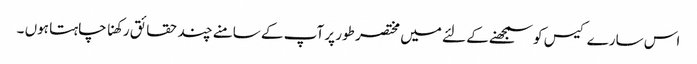
اس سارے کیس کو سمجھنے کے لئے میں مختصر طور پر آپ کے سامنے چند حقائق رکھنا چاہتا ہوں ۔